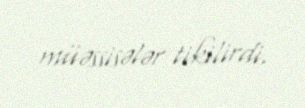
müəssisələr tikilirdi.